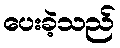
ပေးခဲ့သည်